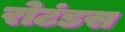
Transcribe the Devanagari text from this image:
रोटंडस